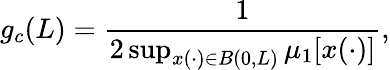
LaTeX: g_{c}(L)=\frac{1}{2\operatorname*{sup}_{x(\cdot)\in B(0,L)}\mu_{1}\lbrack x(\cdot)\rbrack},